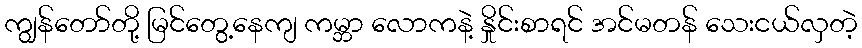
ကျွန်တော်တို့ မြင်တွေ့နေကျ ကမ္ဘာ လောကနဲ့ နှိုင်းစာရင် အင်မတန် သေးငယ်လှတဲ့